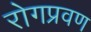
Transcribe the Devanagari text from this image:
रोगप्रवण